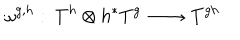
\omega ^ { g , h } : \: T ^ { h } \otimes h ^ { * } T ^ { g } \: \longrightarrow \: T ^ { g h }